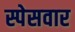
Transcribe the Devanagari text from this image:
स्पेसवार